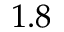
1 . 8